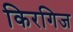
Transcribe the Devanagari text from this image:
किरगिज